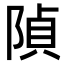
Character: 𨺟